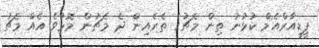
ޕީޑީއާރްއެމް ކުޅުނު ތިން މެޗުގެ ތެރެއިން ދެ މެޗުން މޮޅުވެ އެއް މެޗު